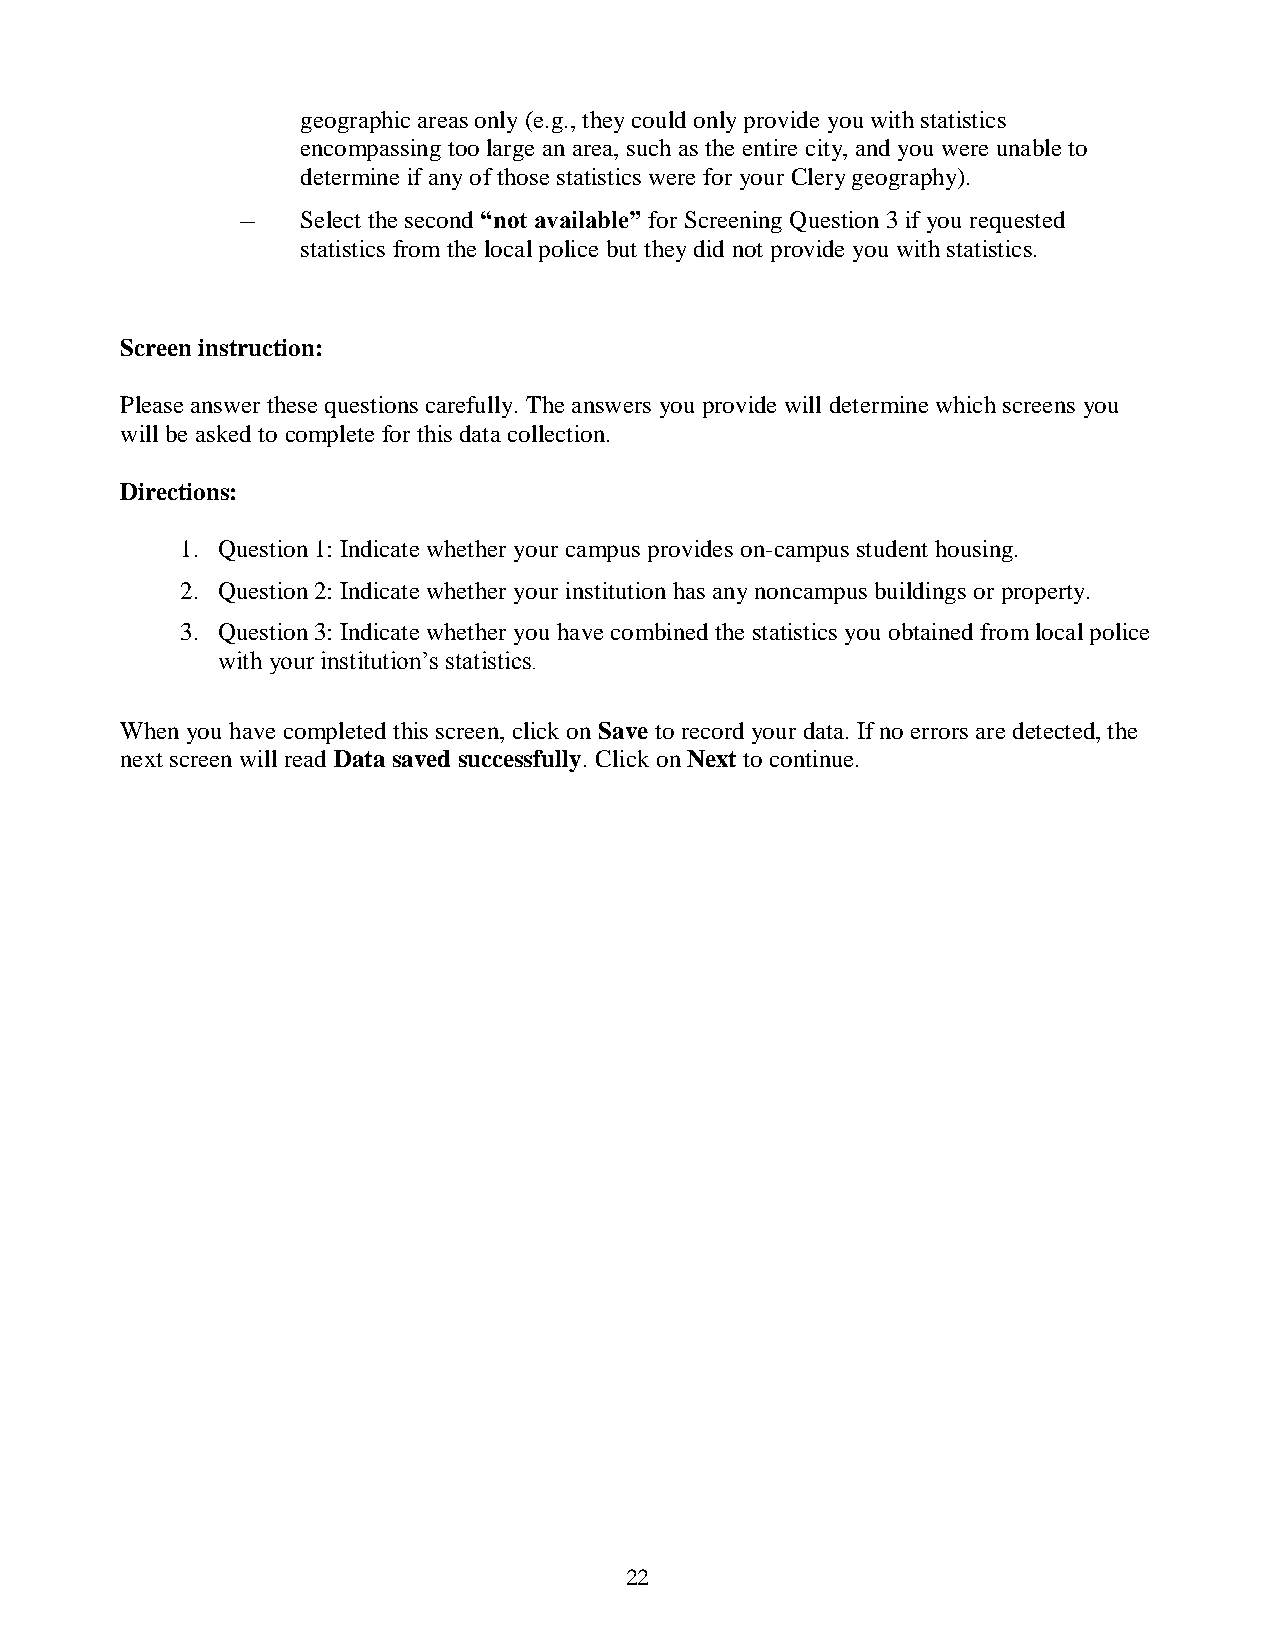
geographic areas only (e.g., they could only provide you with statistics
 encompassing too large an area, such as the entire city, and you were unable to
 determine if any of those statistics were for your Clery geography).
 –   Select the second “not available” for Screening Question 3 if you requested
 statistics from the local police but they did not provide you with statistics.
 Screen instruction:
 Please answer these questions carefully. The answers you provide will determine which screens you
 will be asked to complete for this data collection.
 Directions:
 1. Question 1: Indicate whether your campus provides on-campus student housing.
 2. Question 2: Indicate whether your institution has any noncampus buildings or property.
 3. Question 3: Indicate whether you have combined the statistics you obtained from local police
 with your institution’s statistics.
 When you have completed this screen, click on Save to record your data. If no errors are detected, the
 next screen will read Data saved successfully. Click on Next to continue.
 22